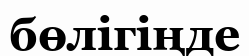
бөлігіңде